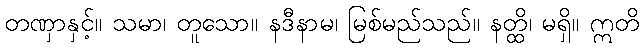
တဏှာနှင့်။ သမာ၊ တူသော။ နဒီနာမ၊ မြစ်မည်သည်။ နတ္ထိ၊ မရှိ။ ဣတိ